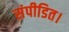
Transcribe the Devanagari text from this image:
संपीडित।